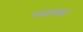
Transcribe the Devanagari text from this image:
ध्यापक